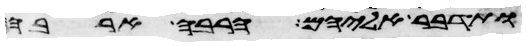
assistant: ותדבר אליהם הרבה ארבה